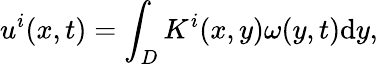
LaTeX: u^{i}(x,t)=\int_{D}K^{i}(x,y)\omega(y,t)\textrm{d}y,